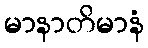
မာနာတိမာနံ